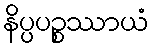
နိပ္ပပဉ္စဿာယံ